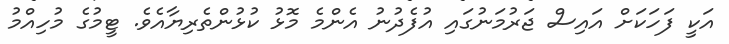
އަކީ ފަހަކަށް އައިސް ޖަރުމަނުގައި އުފެދުނު އެންމެ މޮޅު ކުޅުންތެރިޔާއެވެ. ޓީމުގެ މުހިއްމު